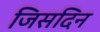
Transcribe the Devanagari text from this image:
जिसदिन